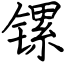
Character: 镙